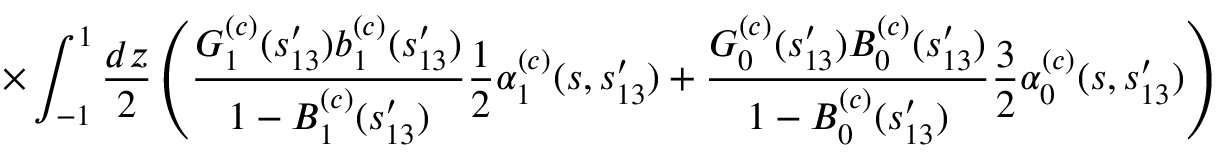
\times \int _ { - 1 } ^ { 1 } \frac { d z } { 2 } \left( \frac { G _ { 1 } ^ { ( c ) } ( s _ { 1 3 } ^ { \prime } ) b _ { 1 } ^ { ( c ) } ( s _ { 1 3 } ^ { \prime } ) } { 1 - B _ { 1 } ^ { ( c ) } ( s _ { 1 3 } ^ { \prime } ) } \frac { 1 } { 2 } { \alpha } _ { 1 } ^ { ( c ) } ( s , s _ { 1 3 } ^ { \prime } ) + \frac { G _ { 0 } ^ { ( c ) } ( s _ { 1 3 } ^ { \prime } ) B _ { 0 } ^ { ( c ) } ( s _ { 1 3 } ^ { \prime } ) } { 1 - B _ { 0 } ^ { ( c ) } ( s _ { 1 3 } ^ { \prime } ) } \frac { 3 } { 2 } { \alpha } _ { 0 } ^ { ( c ) } ( s , s _ { 1 3 } ^ { \prime } ) \right)